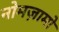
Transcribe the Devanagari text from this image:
नोमज़ामो